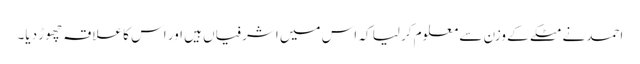
احمد نے مٹکے کے وزن سے معلوم کر لیا کہ اس میں اشرفیاں ہیں اور اس کا علاقہ چھوڑ دیا۔